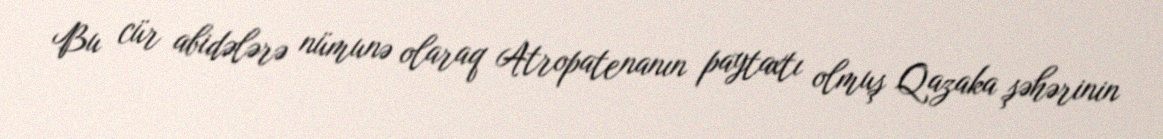
Bu cür abidələrə nümunə olaraq Atropatenanın paytaxtı olmuş Qazaka şəhərinin